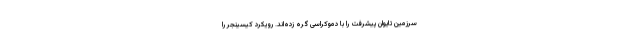
سرزمین تایوان پیشرفت را با دموکراسی گره زده‌اند. رویکرد کیسینجر را